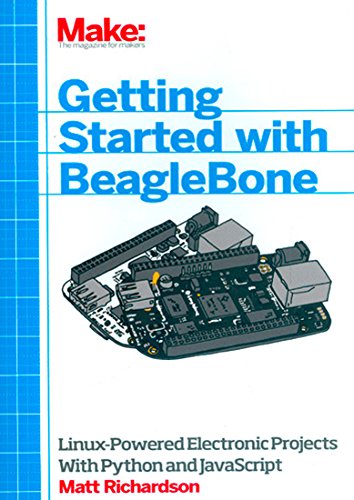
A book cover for Make: Getting Started with BeagleBone: Linux-Powered Electronic Projects With Python and JavaScript; Matt Richardson; Computers & Technology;